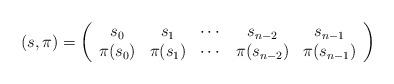
LaTeX: \begin{align*}(s,\pi)=\left(\begin{array}{ccccc}s_0&s_1&\cdots &s_{n-2}&s_{n-1}\\\pi(s_0)&\pi(s_1)&\cdots &\pi(s_{n-2}) &\pi(s_{n-1})\end{array}\right)\end{align*}